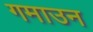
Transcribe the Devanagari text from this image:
गमाउन